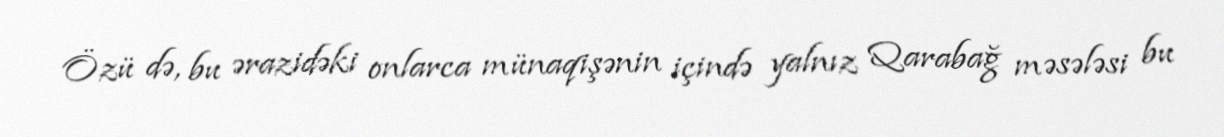
Özü də, bu ərazidəki onlarca münaqişənin içində yalnız Qarabağ məsələsi bu